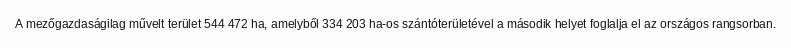
A mezőgazdaságilag művelt terület 544 472 ha, amelyből 334 203 ha-os szántóterületével a második helyet foglalja el az országos rangsorban.